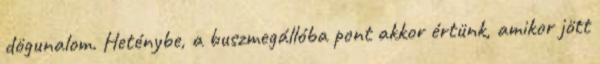
dögunalom. Heténybe, a buszmegállóba pont akkor értünk, amikor jött